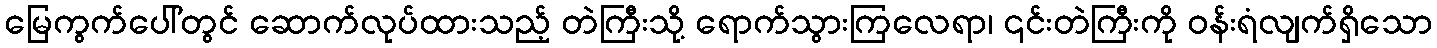
မြေကွက်ပေါ်တွင် ဆောက်လုပ်ထားသည့် တဲကြီးသို့ ရောက်သွားကြလေရာ၊ ၎င်းတဲကြီးကို ဝန်းရံလျက်ရှိသော